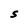
Character: S